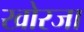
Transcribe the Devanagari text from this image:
खोरजा